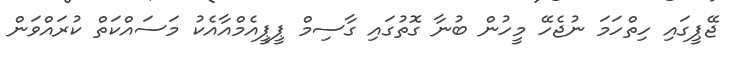
ޖޭޕީގައި ހިތްހަމަ ނުޖެހޭ މީހުން ބުނާ ގޮތުގައި ގާސިމް ޕީޕީއެމްއާއެކު މަސައްކަތް ކުރައްވަން